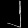
Digit: ၂